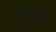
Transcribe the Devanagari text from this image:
चवरीधारी